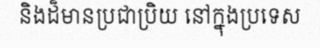
និងដ៏មានប្រជាប្រិយ នៅក្នុងប្រទេស